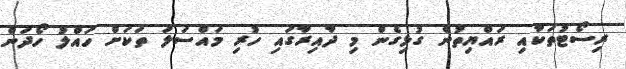
ރިސޯޓުތަކާއި ރައްޔިތުން ގުޅިގެން މި ދާއިރާގައި ހުރި މައްސަލަ ތަކަށް ހައްލު ހޯދަން